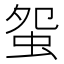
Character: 䖤